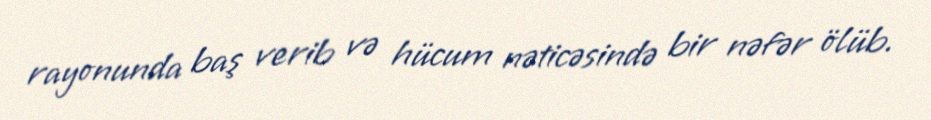
rayonunda baş verib və hücum nəticəsində bir nəfər ölüb.